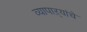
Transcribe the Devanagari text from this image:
व्यापाऱ्यांचे